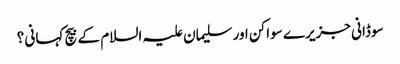
سوڈانی جزیرے سواکن اور سلیمان علیہ السلام کے بیچ کہانی ؟